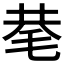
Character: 𰚖